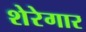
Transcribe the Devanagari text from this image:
शेरेगार